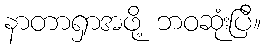
နာတာရှာအဖို့ ဘဝဆုံးပြီ။